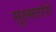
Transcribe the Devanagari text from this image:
सूक्ष्मतरंगे